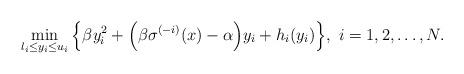
LaTeX: \begin{align*}\min_{l_i \leq y_i\leq u_i} \Big \{ \beta y^2_i + \Big{(}\beta\sigma^{(-i)}(x) - \alpha \Big{)}y_i + h_i(y_i)\Big\}, \ i=1, 2, \ldots, N. \end{align*}